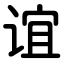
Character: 谊